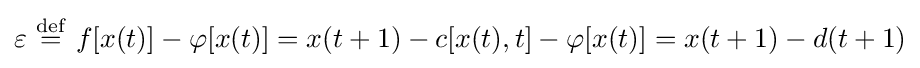
\varepsilon \ {\stackrel {\mathrm {def} }{=}}\ f[x(t)]-\varphi [x(t)]=x(t+1)-c[x(t),t]-\varphi [x(t)]=x(t+1)-d(t+1)